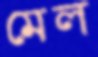
মেল